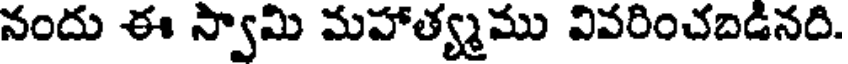
నందు ఈ స్వామి మహాత్య్మము వివరించబడినది.